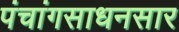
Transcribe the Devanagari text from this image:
पंचांगसाधनसार